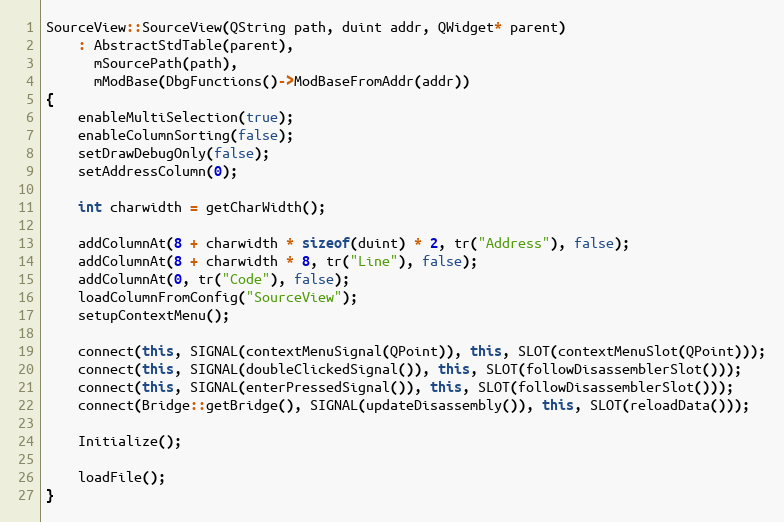
Language: C++
SourceView::SourceView(QString path, duint addr, QWidget* parent)
    : AbstractStdTable(parent),
      mSourcePath(path),
      mModBase(DbgFunctions()->ModBaseFromAddr(addr))
{
    enableMultiSelection(true);
    enableColumnSorting(false);
    setDrawDebugOnly(false);
    setAddressColumn(0);

    int charwidth = getCharWidth();

    addColumnAt(8 + charwidth * sizeof(duint) * 2, tr("Address"), false);
    addColumnAt(8 + charwidth * 8, tr("Line"), false);
    addColumnAt(0, tr("Code"), false);
    loadColumnFromConfig("SourceView");
    setupContextMenu();

    connect(this, SIGNAL(contextMenuSignal(QPoint)), this, SLOT(contextMenuSlot(QPoint)));
    connect(this, SIGNAL(doubleClickedSignal()), this, SLOT(followDisassemblerSlot()));
    connect(this, SIGNAL(enterPressedSignal()), this, SLOT(followDisassemblerSlot()));
    connect(Bridge::getBridge(), SIGNAL(updateDisassembly()), this, SLOT(reloadData()));

    Initialize();

    loadFile();
}